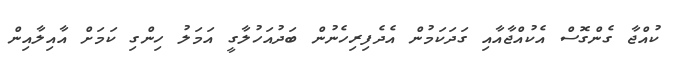
ކުއްޖާ ގެންގޮސް އެކުއްޖާއާއި ގަދަކަމުން އެދެފިރިހެނުން ބަދުއަހުލާގީ އަމަލު ހިންގި ކަމަށް އާއިލާއިން